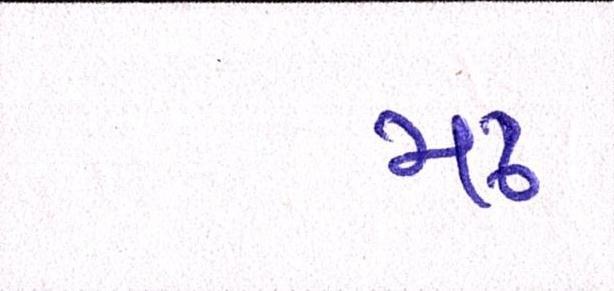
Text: મઢ